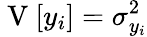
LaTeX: \mathrm{~V~}[y_{i}]=\sigma_{y_{i}}^{2}